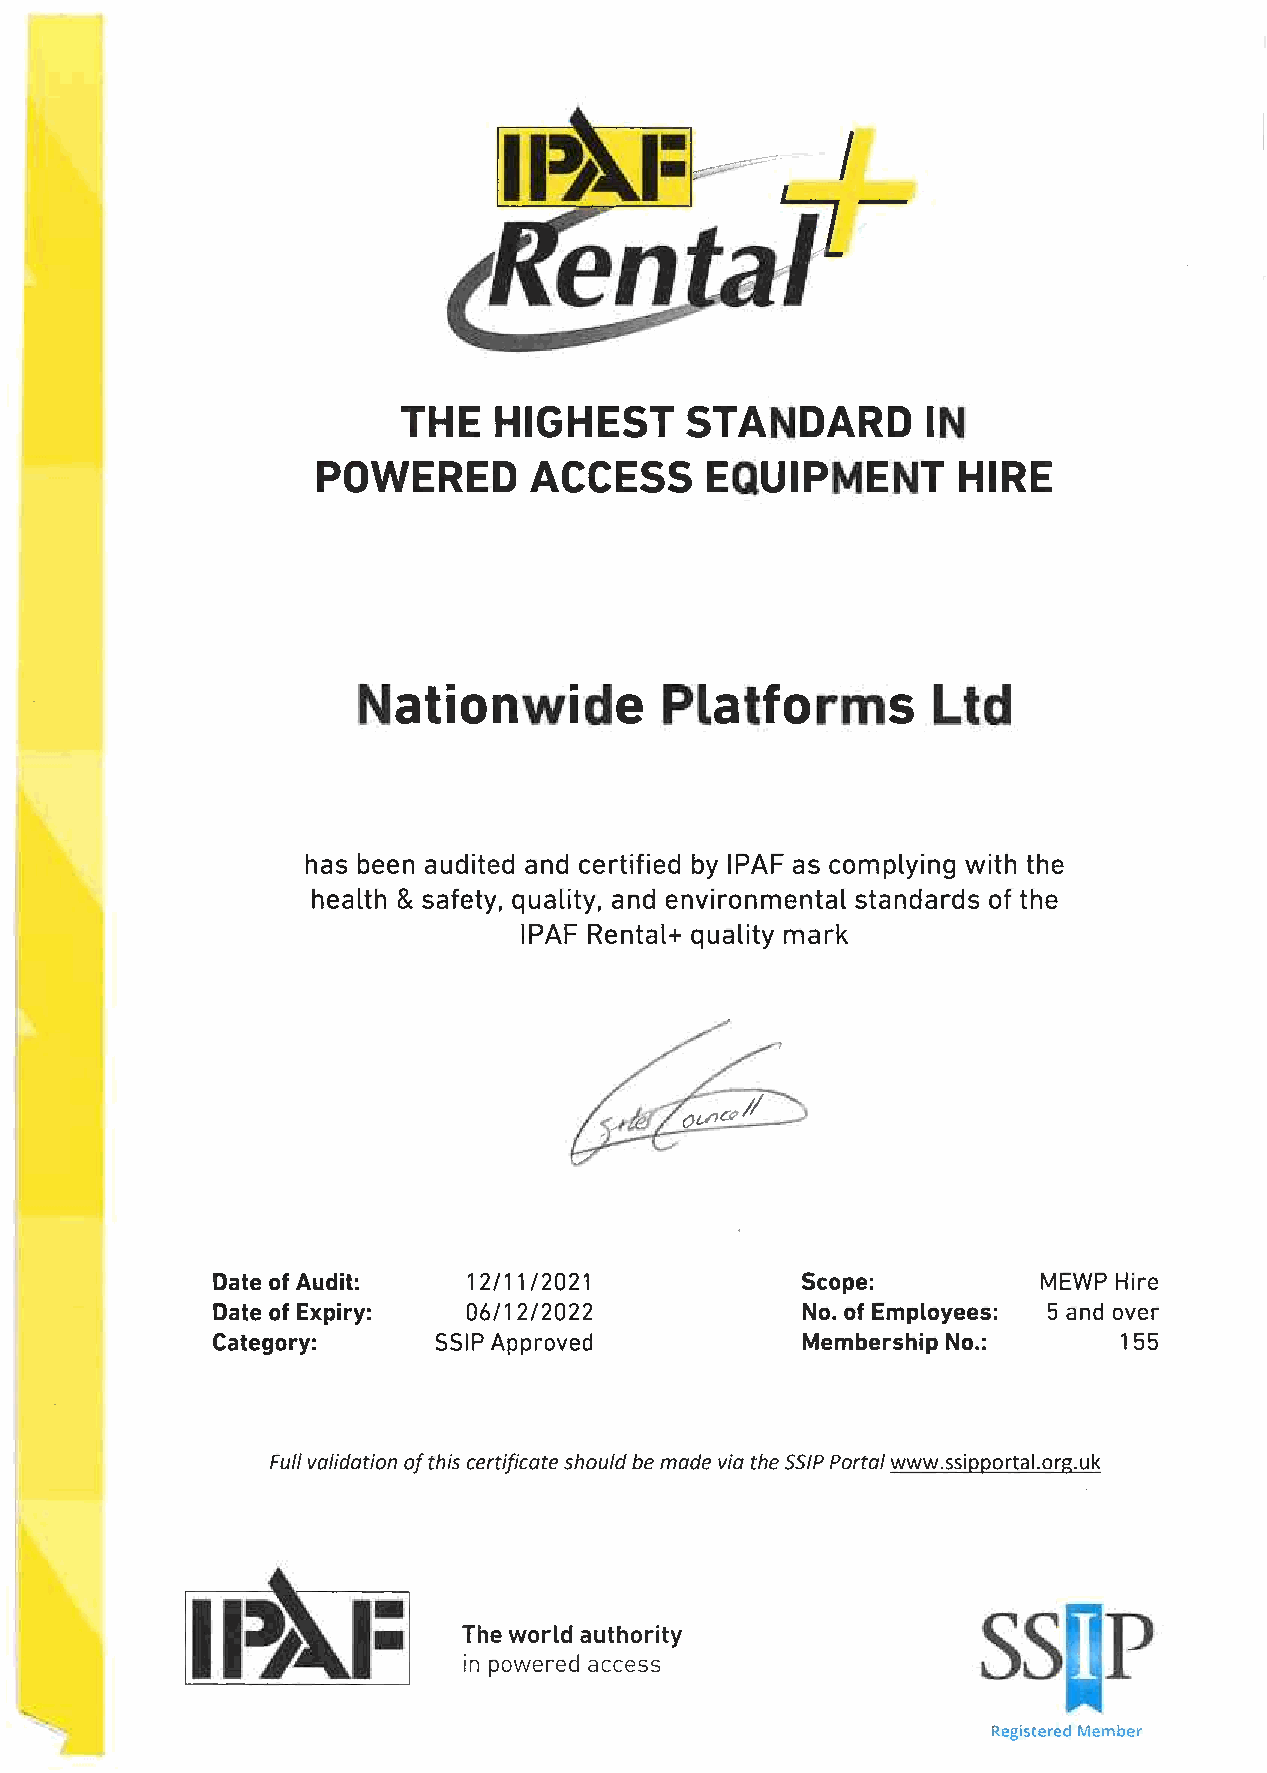
THE   HIGHEST     STANDARD        IN
 POWERED       ACCESS      EQUIPMENT        HIRE
 Nationwide          Platforms         Ltd
 has been audited and certified by IPAF as complying with the
 health & safety, quality, and environmental standards of the
 IPAF Rental+ quality mark
 Date of Audit:   12/11/2021            Scope:          MEWP Hire
 Date of Expiry:  06/12/2022            No. of Employees: 5 and over
 Category:      SSIP Approved           Membership No.:      1 55
 Fullvalidation ofthiscertificateshouldbemade via theSSIPPortalwww.ssipportal.org.uk
 F
 IF
 s8$7P
 Theworld authority
 in powered access
 Registered Member